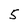
Character: 5